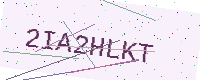
Text: 2IA2HLKT